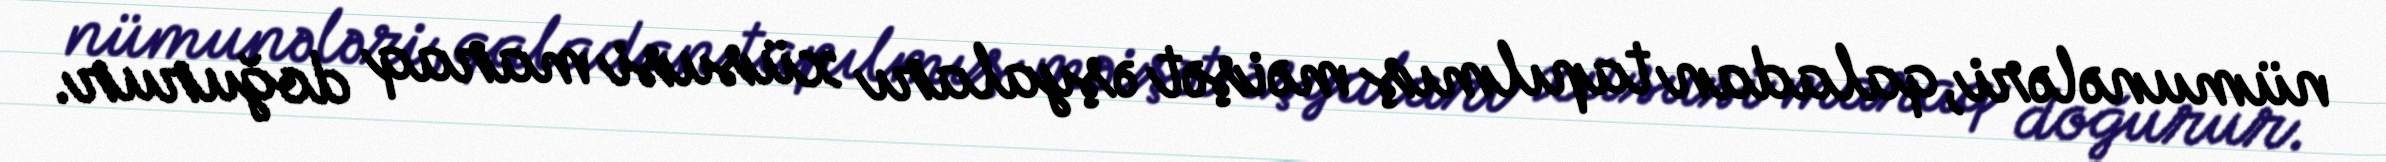
nümunələri, qaladan tapılmış məişət əşyaları xüsusi maraq doğurur.